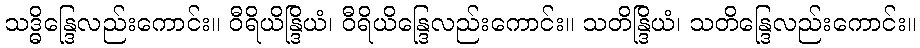
သဒ္ဓိန္ဒြေလည်းကောင်း။ ဝီရိယိန္ဒြိယံ၊ ဝီရိယိန္ဒြေလည်းကောင်း။ သတိန္ဒြိယံ၊ သတိန္ဒြေလည်းကောင်း။